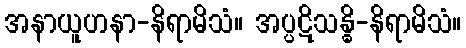
အနာယူဟနာ-နိရာမိသံ။ အပ္ပဋိသန္ဓိ-နိရာမိသံ။